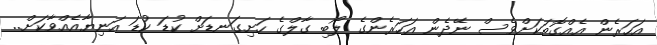
އަހަރެން އެއްގޮތަކަށްވެސް ނޭދެން އަހަރެންގެ ލޯބި ގާލްގެ ހަށިގަނޑަށް ކުޑަ ކުޑަ އަނިޔާއެއްވާކަށް..